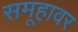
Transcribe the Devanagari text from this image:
समूहावर